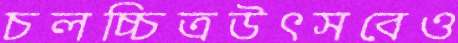
চলচ্চিত্রউৎসবেও